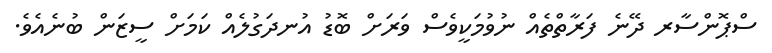
ސްޕޮންސާރ ދޭނެ ފަރާތްތެއް ނުވުމަކީވެސް ވަރަށް ބޮޑު އުނދަގުލެއް ކަމަށް ސީޒަން ބުނެއެވެ.